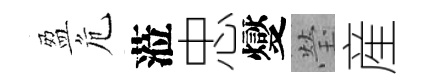
盈危蒞忠燮瑩産